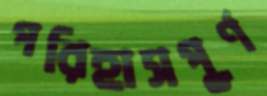
পরিহাসপূর্ণ